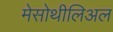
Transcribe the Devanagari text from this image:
मेसोथीलिअल